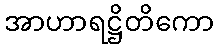
အာဟာရဋ္ဌိတိကော